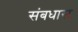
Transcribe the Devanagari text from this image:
संबधास